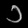
Digit: ၁